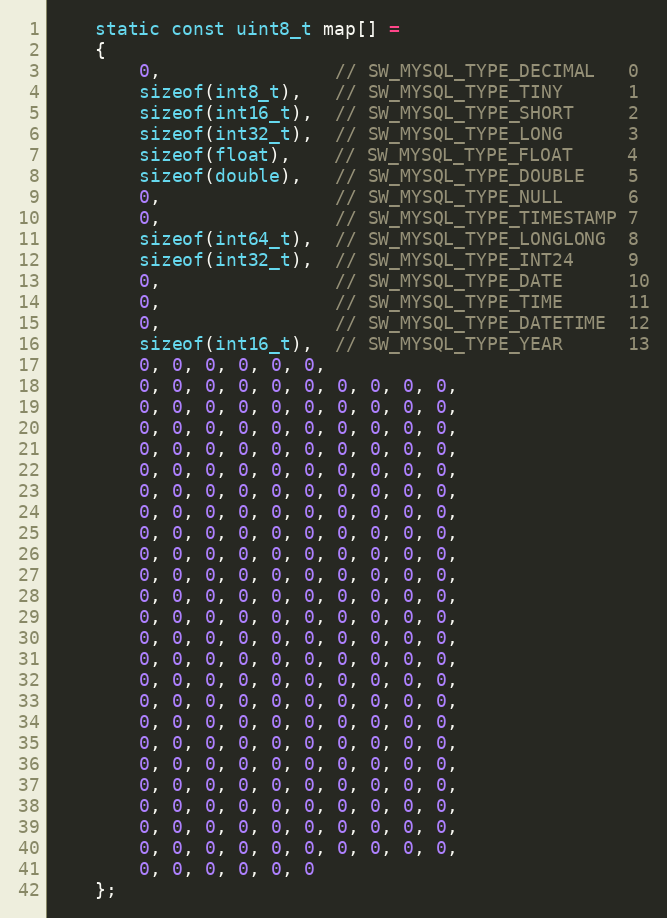
Language: C++
    static const uint8_t map[] =
    {
        0,                // SW_MYSQL_TYPE_DECIMAL   0
        sizeof(int8_t),   // SW_MYSQL_TYPE_TINY      1
        sizeof(int16_t),  // SW_MYSQL_TYPE_SHORT     2
        sizeof(int32_t),  // SW_MYSQL_TYPE_LONG      3
        sizeof(float),    // SW_MYSQL_TYPE_FLOAT     4
        sizeof(double),   // SW_MYSQL_TYPE_DOUBLE    5
        0,                // SW_MYSQL_TYPE_NULL      6
        0,                // SW_MYSQL_TYPE_TIMESTAMP 7
        sizeof(int64_t),  // SW_MYSQL_TYPE_LONGLONG  8
        sizeof(int32_t),  // SW_MYSQL_TYPE_INT24     9
        0,                // SW_MYSQL_TYPE_DATE      10
        0,                // SW_MYSQL_TYPE_TIME      11
        0,                // SW_MYSQL_TYPE_DATETIME  12
        sizeof(int16_t),  // SW_MYSQL_TYPE_YEAR      13
        0, 0, 0, 0, 0, 0,
        0, 0, 0, 0, 0, 0, 0, 0, 0, 0,
        0, 0, 0, 0, 0, 0, 0, 0, 0, 0,
        0, 0, 0, 0, 0, 0, 0, 0, 0, 0,
        0, 0, 0, 0, 0, 0, 0, 0, 0, 0,
        0, 0, 0, 0, 0, 0, 0, 0, 0, 0,
        0, 0, 0, 0, 0, 0, 0, 0, 0, 0,
        0, 0, 0, 0, 0, 0, 0, 0, 0, 0,
        0, 0, 0, 0, 0, 0, 0, 0, 0, 0,
        0, 0, 0, 0, 0, 0, 0, 0, 0, 0,
        0, 0, 0, 0, 0, 0, 0, 0, 0, 0,
        0, 0, 0, 0, 0, 0, 0, 0, 0, 0,
        0, 0, 0, 0, 0, 0, 0, 0, 0, 0,
        0, 0, 0, 0, 0, 0, 0, 0, 0, 0,
        0, 0, 0, 0, 0, 0, 0, 0, 0, 0,
        0, 0, 0, 0, 0, 0, 0, 0, 0, 0,
        0, 0, 0, 0, 0, 0, 0, 0, 0, 0,
        0, 0, 0, 0, 0, 0, 0, 0, 0, 0,
        0, 0, 0, 0, 0, 0, 0, 0, 0, 0,
        0, 0, 0, 0, 0, 0, 0, 0, 0, 0,
        0, 0, 0, 0, 0, 0, 0, 0, 0, 0,
        0, 0, 0, 0, 0, 0, 0, 0, 0, 0,
        0, 0, 0, 0, 0, 0, 0, 0, 0, 0,
        0, 0, 0, 0, 0, 0, 0, 0, 0, 0,
        0, 0, 0, 0, 0, 0
    };